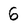
Character: 6